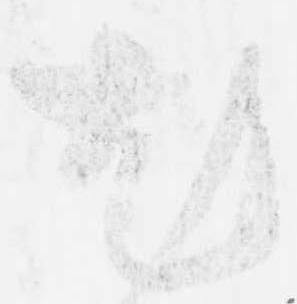
尤